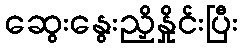
ဆွေးနွေးညှိနှိုင်းပြီး